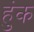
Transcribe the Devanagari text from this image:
हुंक